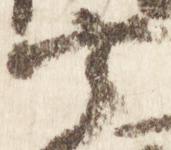
宰